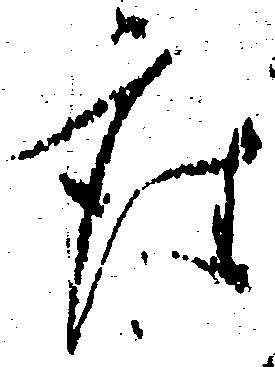
座